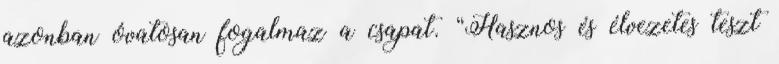
azonban óvatosan fogalmaz a csapat. “Hasznos és élvezetes teszt